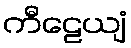
ကီဠေယျံ